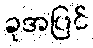
ခုအပြင်